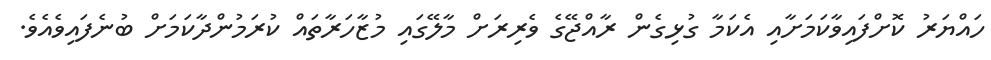
ހައްޔަރު ކޮށްފައިވާކަމަށާއި އެކަމާ ގުޅިގެން ރާއްޖޭގެ ވެރިރަށް މާލޭގައި މުޒާހަރާތައް ކުރަމުންދާކަމަށް ބުނެފައިވެއެވެ.